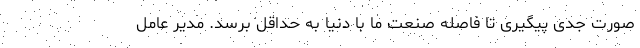
صورت جدی پیگیری تا فاصله صنعت ما با دنیا به حداقل برسد. مدیر عامل